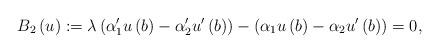
LaTeX: \begin{align*}B_{2}\left( u\right) :=\lambda \left( \alpha _{1}^{\prime }u\left( b\right)-\alpha _{2}^{\prime }u^{\prime }\left( b\right) \right) -\left( \alpha_{1}u\left( b\right) -\alpha _{2}u^{\prime }\left( b\right) \right) =0, \end{align*}